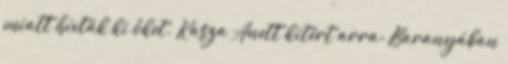
miatt hívták ki őket. Kasza Anett kitért arra: Baranyában